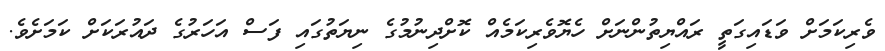
ވެރިކަމަށް ވަޑައިގަތީ ރައްޔިތުންނަށް ހެޔޮވެރިކަމެއް ކޮށްދިނުމުގެ ނިޔަތުގައި ފަސް އަހަރުގެ ދައުރަކަށް ކަމަށެވެ.